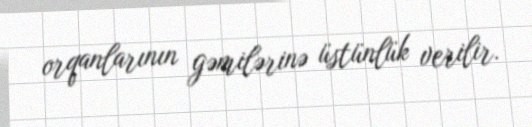
orqanlarının gəmilərinə üstünlük verilir.